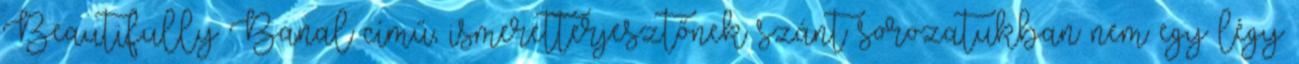
Beautifully Banal című, ismeretterjesztőnek szánt sorozatukban nem egy légy